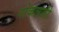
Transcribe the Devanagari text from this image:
गोकलजी